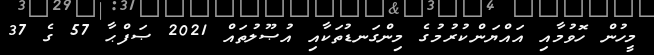
މީހުން ހޮވުމާއި އައްޔަންކުރުމުގެ މިންގަނޑުތަކާއި އުޞޫލުތައް 2021 ޞަފްޙާ 57 ގެ 37